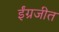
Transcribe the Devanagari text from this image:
ईंग्रजीत